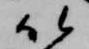
以